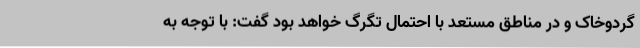
گردوخاک و در مناطق مستعد با احتمال تگرگ خواهد بود گفت: با توجه به